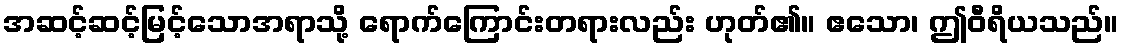
အဆင့်ဆင့်မြင့်သောအရာသို့ ရောက်ကြောင်းတရားလည်း ဟုတ်၏။ ဧသော၊ ဤဝီရိယသည်။